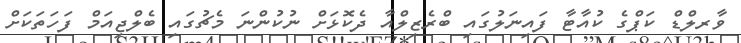
ވާރލްޑް ކަޕްގެ ކުއާޓާ ފައިނަލުގައި ބްރެޒިލްއާ ދެކޮޅަށް ނުކުންނަ މެޗުގައި ބެލްޖިއަމް ފަހަތަކަށް